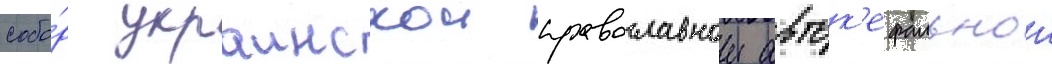
собо́р украинскои православнои авток'ефальнои